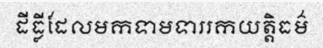
ដីធ្លីដែលមកទាមទាររកយត្តិធម៌